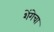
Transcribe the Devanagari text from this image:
शेंगेचा